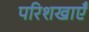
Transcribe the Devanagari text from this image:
परिशखाएँ